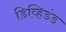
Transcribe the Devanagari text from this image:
डिव्हिडंड